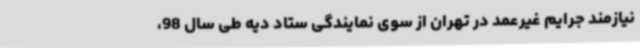
نیازمند جرایم غیرعمد در تهران از سوی نمایندگی ستاد دیه طی سال 98،